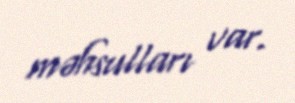
məhsulları var.